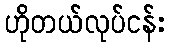
ဟိုတယ်လုပ်ငန်း